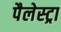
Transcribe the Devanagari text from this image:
पैलेस्ट्रा